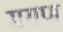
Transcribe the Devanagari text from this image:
मगण